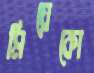
মিয়েকো